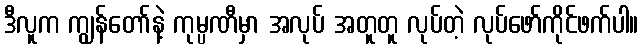
ဒီလူက ကျွန်တော်နဲ့ ကုမ္ပဏီမှာ အလုပ် အတူတူ လုပ်တဲ့ လုပ်ဖော်ကိုင်ဖက်ပါ။